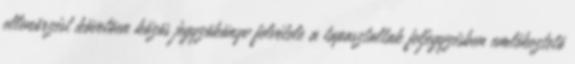
ellenõrzést követõen közös jegyzõkönyv felvétele a tapasztaltak feljegyzésben emlékeztetõ